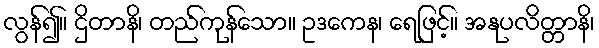
လွန်၍။ ဌိတာနိ၊ တည်ကုန်သော။ ဥဒကေန၊ ရေဖြင့်။ အနုပလိတ္တာနိ၊